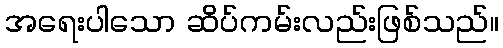
အရေးပါသော ဆိပ်ကမ်းလည်းဖြစ်သည်။